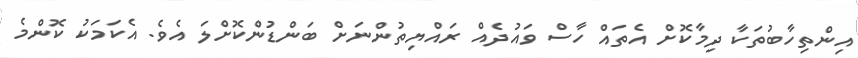
އިންތިހާބުތަކާ ދިމާކޮށް އެތައް ހާސް ވައުދެއް ރައްޔިތުންނަށް ބަންޑުންކޮށްލަ އެވެ. އެކަމަކު ކޮންމެ